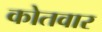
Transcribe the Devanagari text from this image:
कोतवार